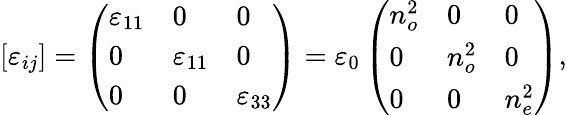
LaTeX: \left[\varepsilon_{ij}\right]=\left(\begin{array}{lll}{\varepsilon_{11}}&{0}&{0}\\ {0}&{\varepsilon_{11}}&{0}\\ {0}&{0}&{\varepsilon_{33}}\end{array}\right)=\varepsilon_{0}\left(\begin{array}{lll}{n_{o}^{2}}&{0}&{0}\\ {0}&{n_{o}^{2}}&{0}\\ {0}&{0}&{n_{e}^{2}}\end{array}\right),